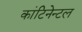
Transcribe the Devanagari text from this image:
कांटिनेन्टल